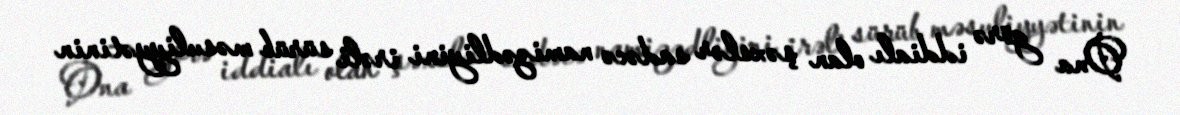
Ona görə iddialı olan şəxslər sadəcə namizədliyini irəli sürüb məsuliyyətinin